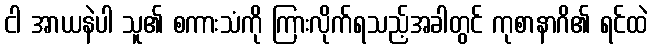
ငါ အာယနဲပါ သူ၏ စကားသံကို ကြားလိုက်ရသည့်အခါတွင် ကုစာနာဂိ၏ ရင်ထဲ